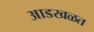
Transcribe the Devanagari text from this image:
आडखळत